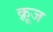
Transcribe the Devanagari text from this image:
क़्रूज